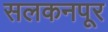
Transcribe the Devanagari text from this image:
सलकनपूर